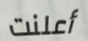
أعلنت